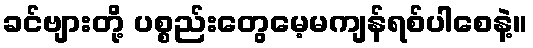
ခင်ဗျားတို့ ပစ္စည်းတွေမေ့မကျန်ရစ်ပါစေနဲ့။